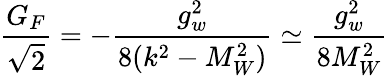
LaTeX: \frac{G_{F}}{\sqrt{2}}=-\frac{g_{w}^{2}}{8(k^{2}-M_{W}^{2})}\simeq\frac{g_{w}^{2}}{8M_{W}^{2}}